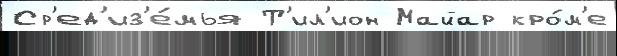
Ср'ед'из'е́мья Т'ил'ион Майар кро́м'е